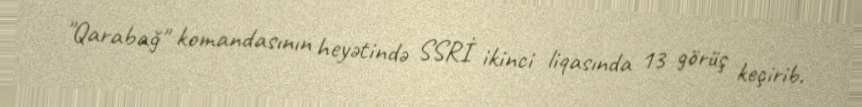
"Qarabağ" komandasının heyətində SSRİ ikinci liqasında 13 görüş keçirib.